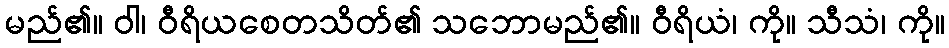
မည်၏။ ဝါ၊ ဝီရိယစေတသိတ်၏ သဘောမည်၏။ ဝီရိယံ၊ ကို။ သီသံ၊ ကို။